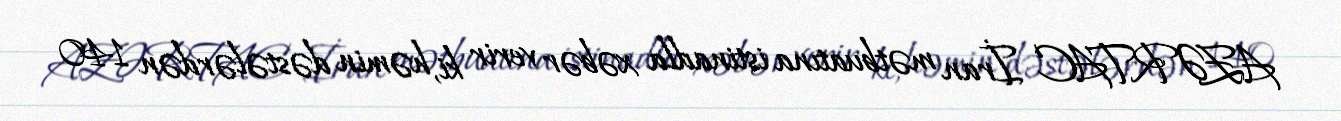
AZƏRTAC İran mətbuatına istinadla xəbər verir ki, həmin dəstələrdən 140